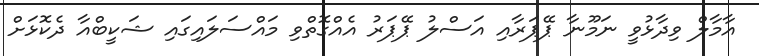
އާމާލް ވިދާޅުވީ ނަމޫނާ ޕޭޕަރާއި އަސްލު ޕޭޕަރު އެއްގޮތްވި މައްސަލައިގައި ޝަކީބްއާ ދެކޮޅަށް